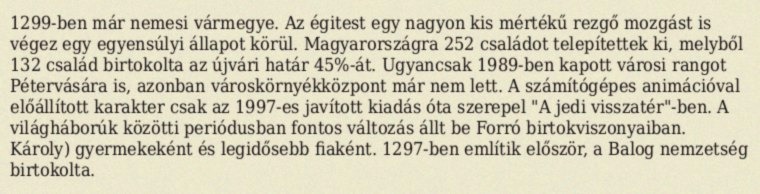
1299-ben már nemesi vármegye. Az égitest egy nagyon kis mértékű rezgő mozgást is végez egy egyensúlyi állapot körül. Magyarországra 252 családot telepítettek ki, melyből 132 család birtokolta az újvári határ 45%-át. Ugyancsak 1989-ben kapott városi rangot Pétervására is, azonban városkörnyékközpont már nem lett. A számítógépes animációval előállított karakter csak az 1997-es javított kiadás óta szerepel "A jedi visszatér"-ben. A világháborúk közötti periódusban fontos változás állt be Forró birtokviszonyaiban. Károly) gyermekeként és legidősebb fiaként. 1297-ben említik először, a Balog nemzetség birtokolta.